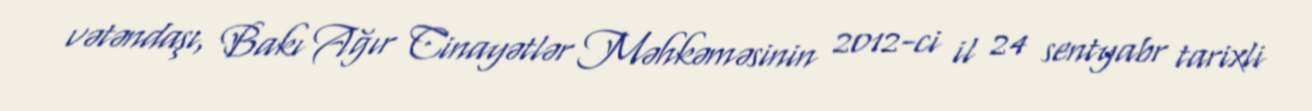
vətəndaşı, Bakı Ağır Cinayətlər Məhkəməsinin 2012-ci il 24 sentyabr tarixli